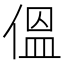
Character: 𪝑